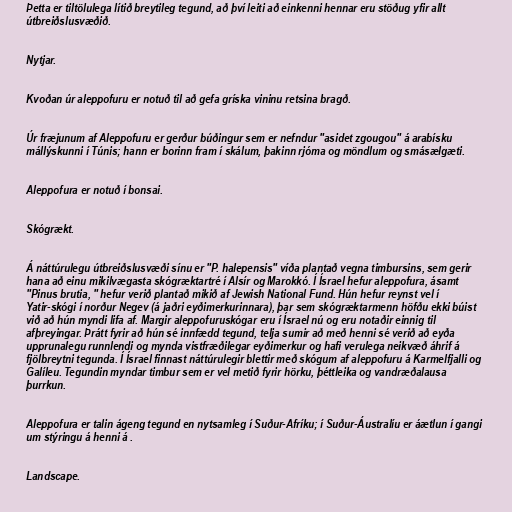
Þetta er tiltölulega lítið breytileg tegund, að því leiti að einkenni hennar eru stöðug yfir allt
útbreiðslusvæðið.

Nytjar.

Kvoðan úr aleppofuru er notuð til að gefa gríska vininu retsina bragð.

Úr fræjunum af Aleppofuru er gerður búðingur sem er nefndur "asidet zgougou" á arabísku
mállýskunni í Túnis; hann er borinn fram í skálum, þakinn rjóma og möndlum og smásælgæti.

Aleppofura er notuð í bonsai.

Skógrækt.

Á náttúrulegu útbreiðslusvæði sínu er "P. halepensis" víða plantað vegna timbursins, sem gerir
hana að einu mikilvægasta skógræktartré í Alsír og Marokkó. Í Ísrael hefur aleppofura, ásamt
"Pinus brutia, " hefur verið plantað mikið af Jewish National Fund. Hún hefur reynst vel í
Yatir-skógi í norður Negev (á jaðri eyðimerkurinnara), þar sem skógræktarmenn höfðu ekki búist
við að hún myndi lifa af. Margir aleppofuruskógar eru í Ísrael nú og eru notaðir einnig til
afþreyingar. Þrátt fyrir að hún sé innfædd tegund, telja sumir að með henni sé verið að eyða
upprunalegu runnlendi og mynda vistfræðilegar eyðimerkur og hafi verulega neikvæð áhrif á
fjölbreytni tegunda. Í Ísrael finnast náttúrulegir blettir með skógum af aleppofuru á Karmelfjalli og
Galíleu. Tegundin myndar timbur sem er vel metið fyrir hörku, þéttleika og vandræðalausa
þurrkun.

Aleppofura er talin ágeng tegund en nytsamleg í Suður-Afríku; í Suður-Áustralíu er áætlun í gangi
um stýringu á henni á .

Landscape.